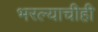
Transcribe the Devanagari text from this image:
भरल्याचीही